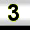
Digit: 3